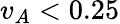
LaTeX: v_{A}<0.25